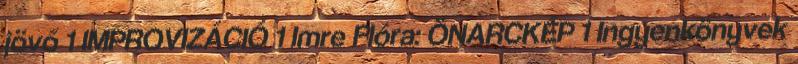
jövő 1 IMPROVIZÁCIÓ 1 Imre Flóra: ÖNARCKÉP 1 Ingyenkönyvek